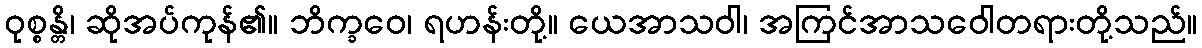
ဝုစ္စန္တိ၊ ဆိုအပ်ကုန်၏။ ဘိက္ခဝေ၊ ရဟန်းတို့။ ယေအာသဝါ၊ အကြင်အာသဝေါတရားတို့သည်။